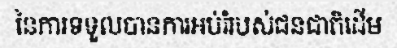
នៃការទទួលបានការអប់រំរបស់ជនជាតិដើម